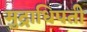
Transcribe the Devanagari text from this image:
मुद्राधिपती